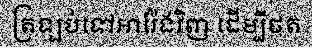
ត្រឡប់ទៅអារ៉ែងវិញ ដើម្បីថត